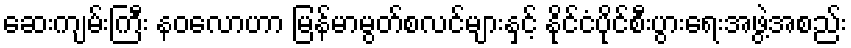
ဆေးကျမ်းကြီး နဝလောဟာ မြန်မာမွတ်စလင်များနှင့် နိုင်ငံပိုင်စီးပွားရေးအဖွဲ့အစည်း